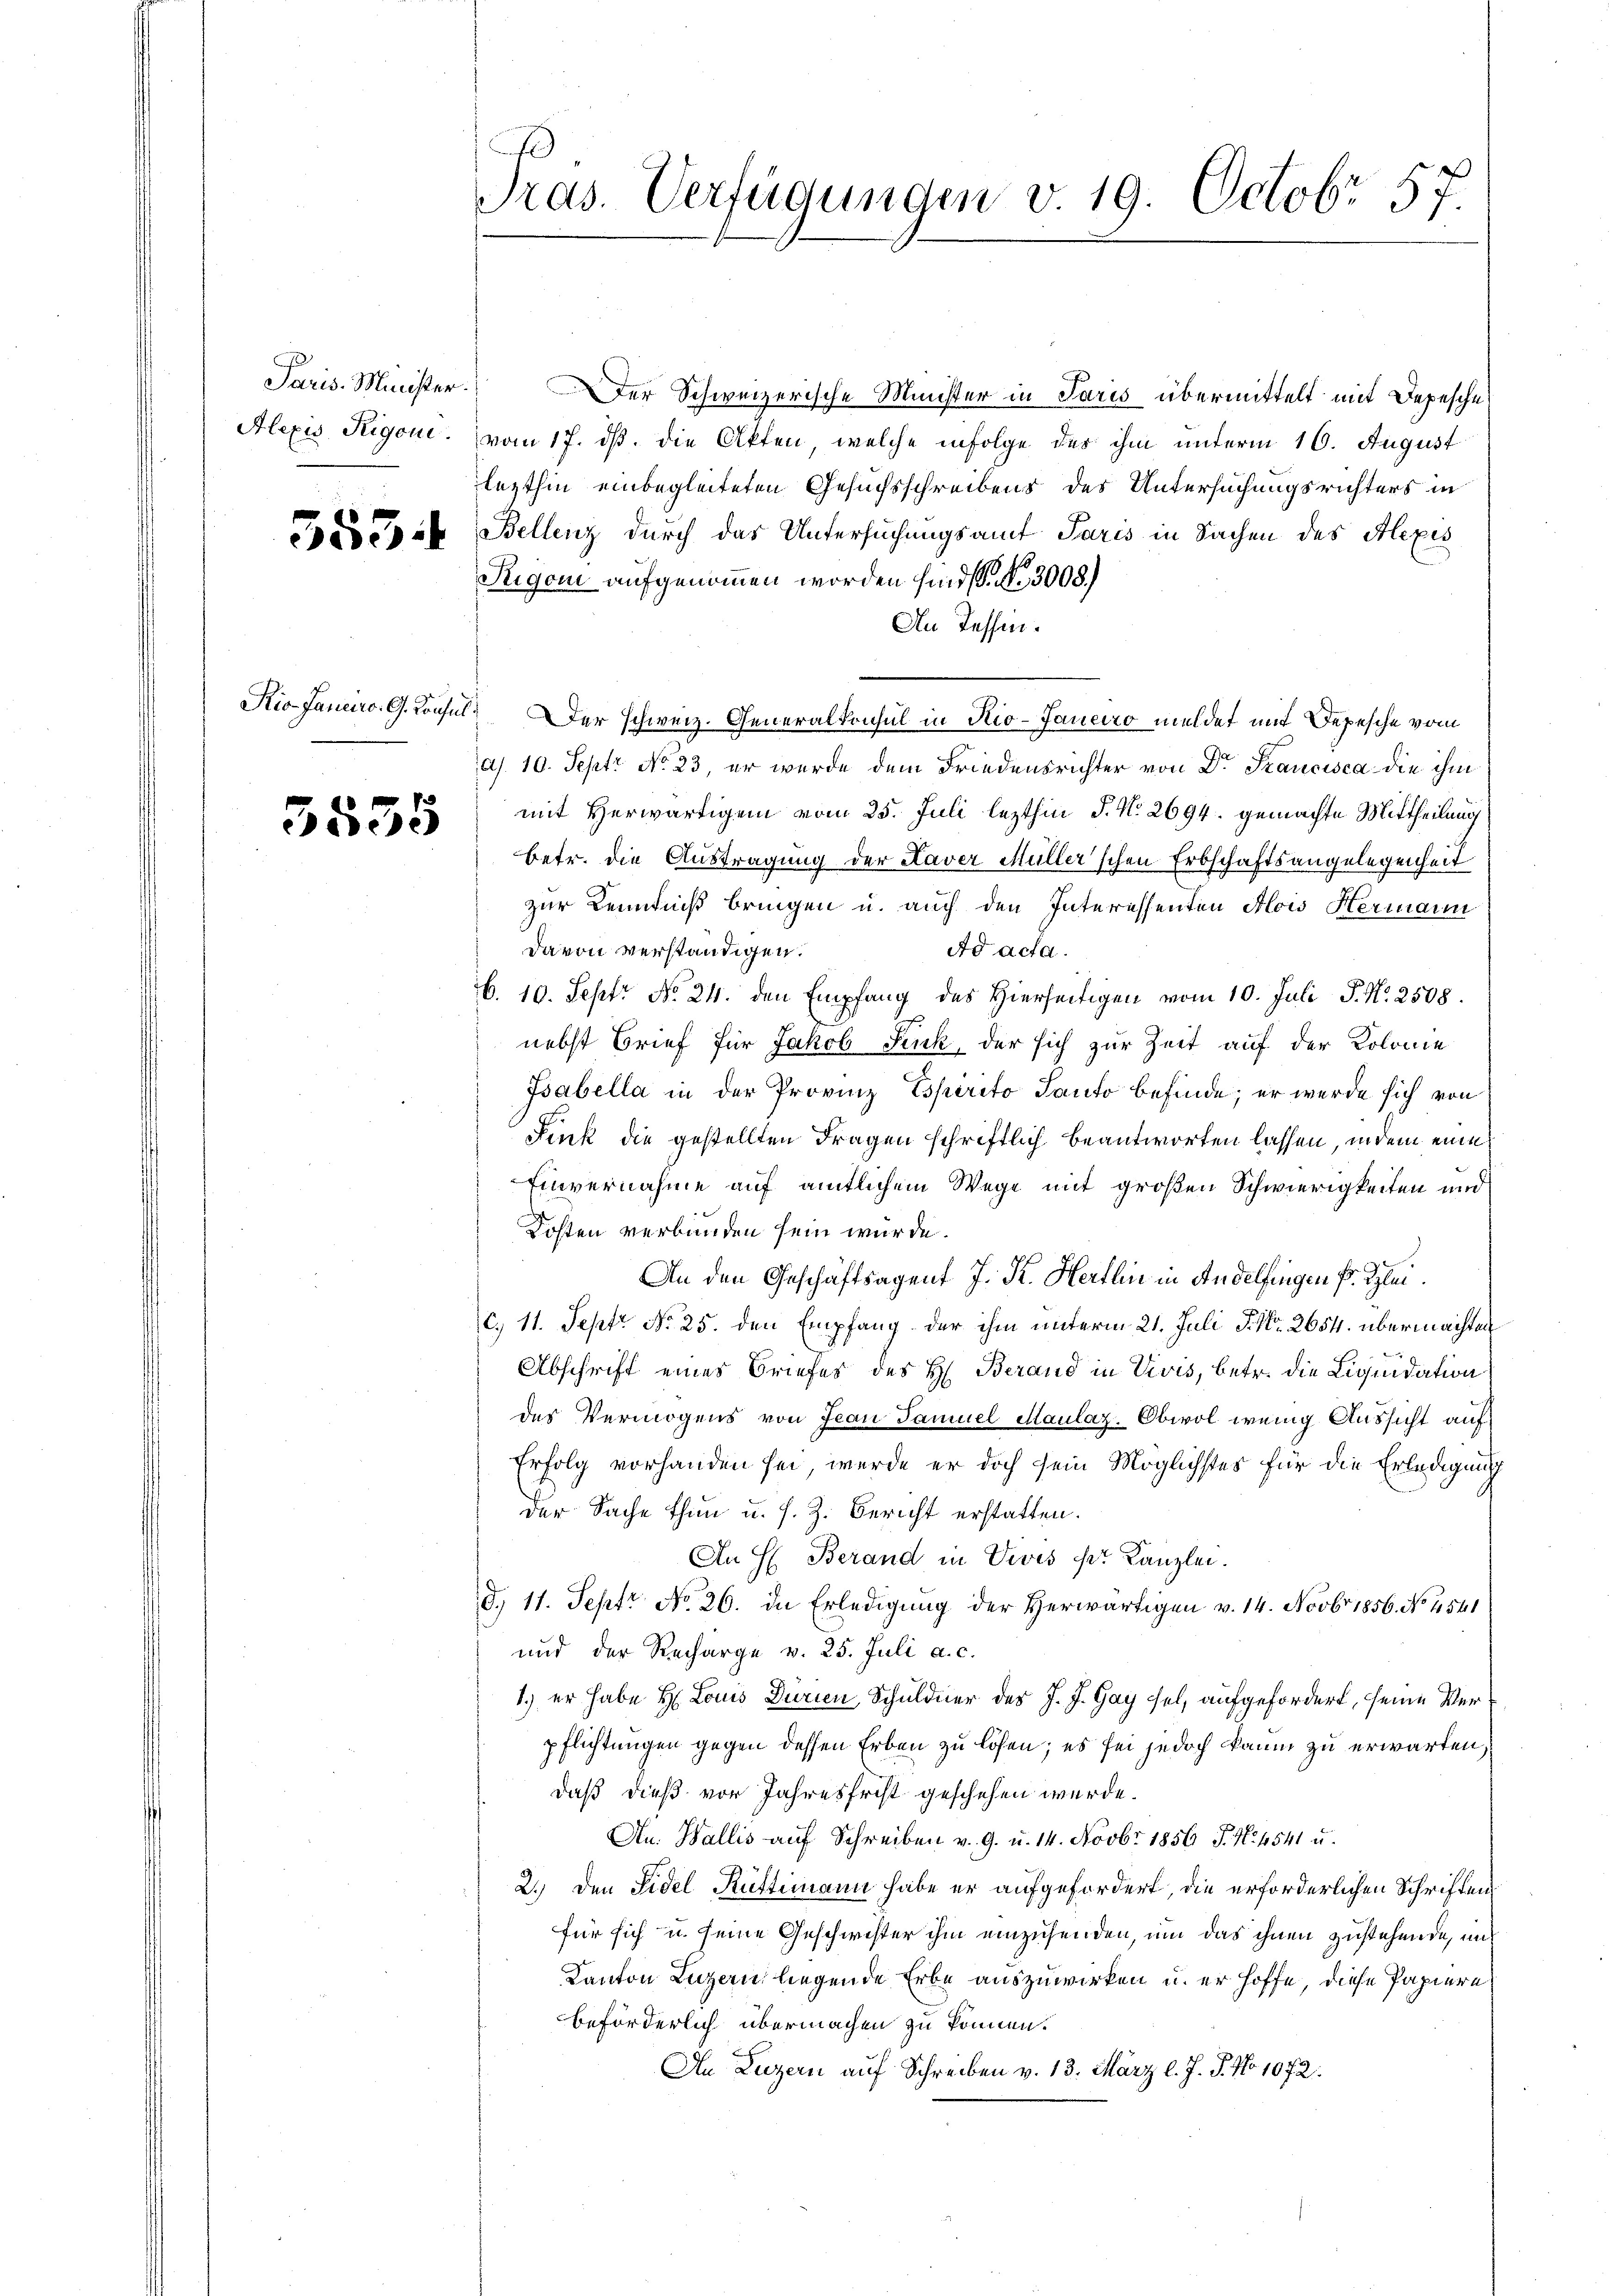
Paris Minister
Alexis Rigon.

583.

Kio. Janeiro, G. Konfi

3535

Pras. Verfügungen v. 19. Octobr 57.

Der Schweizerische Minister in Paris übermittelt mit Depesche
vom 17. ds. die Akten, welche infolge der ihm unterm 16. August
lezthin einbegleiteten Gesuchsschreibens des Untersuchungsrichters in
Bellenz durch das Untersuchungsamt Paris in Sachen des Alexis
Seigen aufgenommen worden sind. No. 3008.)
An Tessen.
I. er schweiz. Generalkonsul in Rio-Janeiro meldet mit Depesche vom
a. 10. Sept No 23, er wurde dem Friedensrichter von Dr Francisca die ihm
mit Herwärtigen vom 25. Juli lezthin J. N. 2694. gemachte Mittheilung
betr. die Austragung der Kaver Müller'schen Erbschaftsangelegenheit
zur Kenntniß bringen u. auch den Interessenten Alois Hermann
Ad acta.
Davon verständigen.
b. 10. Sept No. 24. den Empfang des Hierseitigen vom 10. Juli J. N. 2508.
nebst Brief für Jakob Peuk, der sich zur Zeit auf der Kolonie
Isabella in der Provinz Esperito Tanto befinde; er werde sich von
Fink die gestellten Fragen schriftlich beantworten lassen, indem eine
Einvernahme auf amtlichem Wege mit großen Schwierigkeiten und
Kosten verbunden sein würde.
An den Geschäftsagent J. K. Hertlin in Andelfingen pr. Glei
c. 11. Sept No 25. den Empfang der ihm unterm 21. Juli S. Nr. 2654. übermachten
Abschrift eines Briefes des H. Berand in Divis, betr. die Liquidation
des Vermögens von Jean Samuel Maulaz. Obwol wenig Aussicht auf
Erfolg vorhanden sei, werde er doch sein Möglichstes für die Erledigung
der Sache thun u. s. Z. Bericht erstatten.
An H. Berand in Veves pr. Kanzlei.
d. 11. Sept No 26. in Erledigung der Herwärtigen v. 14. Novbr 1856. No. 4541
und der Recharge v. 25. Juli a. c.
1.) er habe H: Louis Durien, Schuldner der J. J. Gay fel, aufgefordert, seine Verpflichtungen gegen dessen Erben zu lösen; es sei jedoch kaum zu erwarten
daß dieß vor Jahresfrist geschehen wurde.
An. Wallis auf Schreiben v. 9. u. 14. Novbr 1856 J. N. 4541 u.
2.) Den Fidel Rüttimann habe er aufgefordert, die erforderlichen Schriften
für sich u. seine Geschwister ihm einzusenden, um das ihnen zustehende, und
Kanton Luzern liegende Erbe auszuwirken u. er hoffe, diese Papiere
beförderlich übermachen zu können.
An Luzern auf Schreiben v. 13. März l. J. J. No 1072.